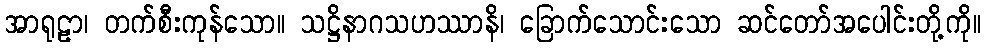
အာရုဠာ၊ တက်စီးကုန်သော။ သဋ္ဌိနာဂသဟဿာနိ၊ ခြောက်သောင်းသော ဆင်တော်အပေါင်းတို့ကို။